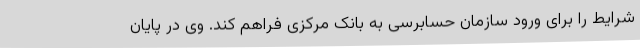
شرایط را برای ورود سازمان حسابرسی به بانک مرکزی فراهم کند. وی در پایان